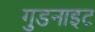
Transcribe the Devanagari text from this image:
गुडनाइट